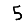
Digit: 5